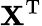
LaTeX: \mathbf{X}^{\mathrm{{T}}}